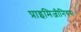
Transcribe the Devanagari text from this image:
प्राइमिजीनियस